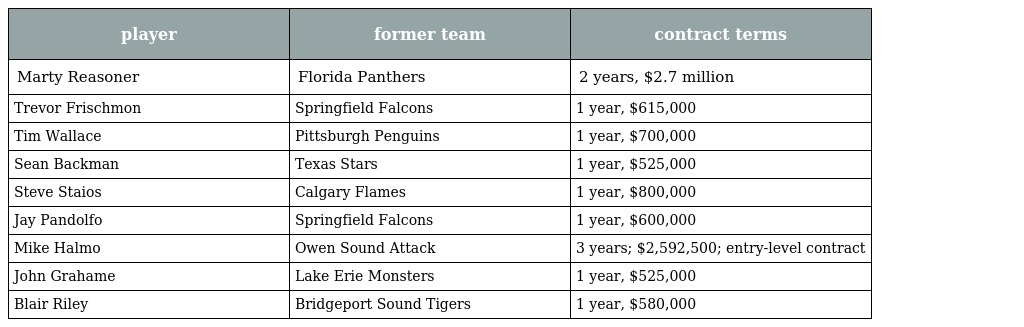
| player | former team | contract terms |
 | --- | --- | --- |
 | Marty Reasoner | Florida Panthers | 2 years, $2.7 million |
 | Trevor Frischmon | Springfield Falcons | 1 year, $615,000 |
 | Tim Wallace | Pittsburgh Penguins | 1 year, $700,000 |
 | Sean Backman | Texas Stars | 1 year, $525,000 |
 | Steve Staios | Calgary Flames | 1 year, $800,000 |
 | Jay Pandolfo | Springfield Falcons | 1 year, $600,000 |
 | Mike Halmo | Owen Sound Attack | 3 years; $2,592,500; entry-level contract |
 | John Grahame | Lake Erie Monsters | 1 year, $525,000 |
 | Blair Riley | Bridgeport Sound Tigers | 1 year, $580,000 |